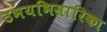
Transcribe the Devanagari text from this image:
उभयभिसारिका